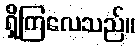
ရှိကြလေသည်။